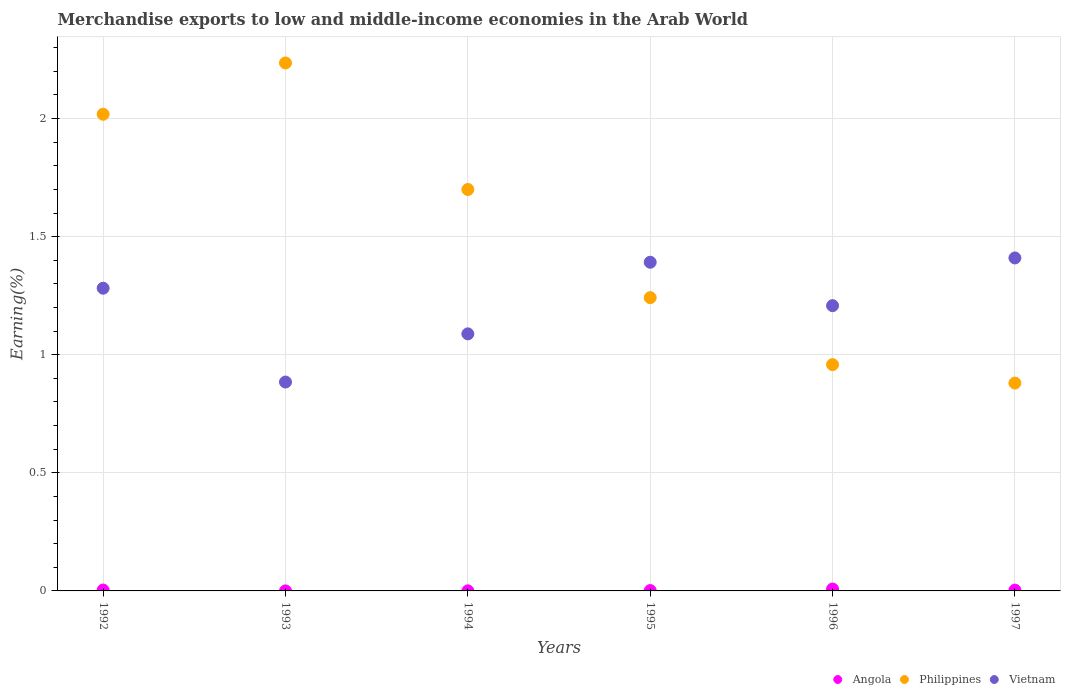
| Years | Angola | Philippines | Vietnam |
 | --- | --- | --- | --- |
 | 1992 | 0.00379 | 2.02 | 1.28 |
 | 1993 | 0.000108 | 2.24 | 0.884 |
 | 1994 | 0.000337 | 1.7 | 1.09 |
 | 1995 | 0.00146 | 1.24 | 1.39 |
 | 1996 | 0.00798 | 0.958 | 1.21 |
 | 1997 | 0.00341 | 0.88 | 1.41 |